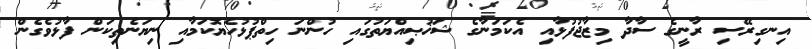
އިނގިރޭސި ރާނީގެ ސާދާ މިޒާޖުފުޅާއި އެކަމަނާގެ ޝަޚުޞިއްޔަތުގައި ހުންނަ ހިތްޕުޅުހެޔޮކަމާއި ނިޔަނެތިކަން ފާޅުވެގެން